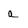
Character: a